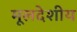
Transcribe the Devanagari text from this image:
मूलदेशीय